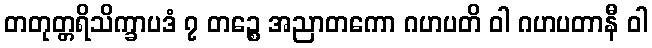
တတုတ္တရိသိက္ခာပဒံ ၇ တဉ္စေ အညာတကော ဂဟပတိ ဝါ ဂဟပတာနီ ဝါ